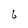
Character: 6